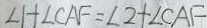
\angle 1 + \angle C A F = \angle 2 + \angle C A F